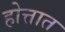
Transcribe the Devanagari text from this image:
होत्तात